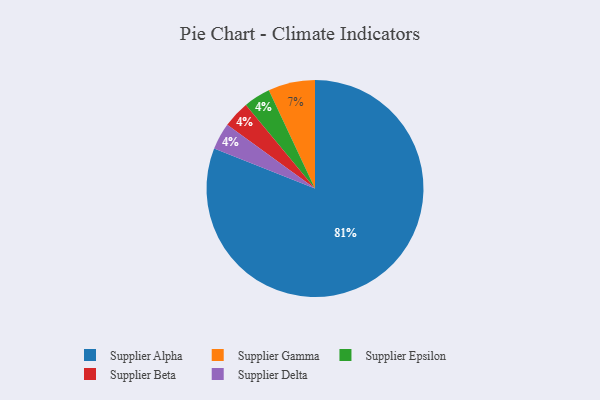
{"axis": {"x": "Category", "y": "Percentage"}, "legend": ["Supplier Alpha", "Supplier Beta", "Supplier Delta", "Supplier Epsilon", "Supplier Gamma"], "data": [{"x": "Supplier Alpha", "y": 81, "type": "Supplier Alpha"}, {"x": "Supplier Epsilon", "y": 4, "type": "Supplier Epsilon"}, {"x": "Supplier Beta", "y": 4, "type": "Supplier Beta"}, {"x": "Supplier Gamma", "y": 7, "type": "Supplier Gamma"}, {"x": "Supplier Delta", "y": 4, "type": "Supplier Delta"}]}